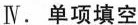
Ⅳ. 单项填空